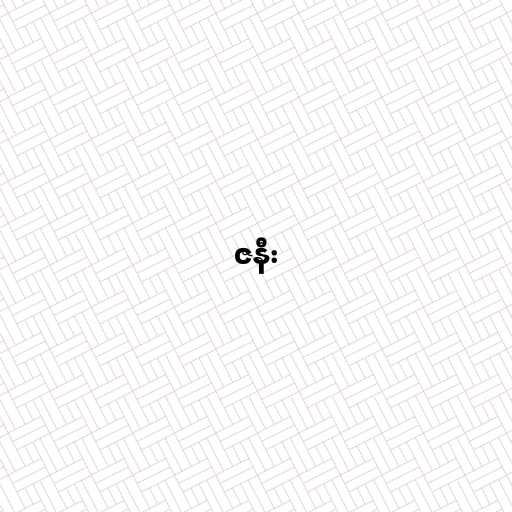
ဇနီး